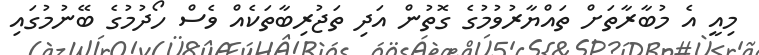
މިއީ އެ މުބާރާތަށް ތައްޔާރުވުމުގެ ގޮތުން އަދި ތަޖުރިބާތަކެއް ވެސް ހޯދުމުގެ ބޭނުމުގައި